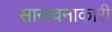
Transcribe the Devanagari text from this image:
सान्त्वनाकारी